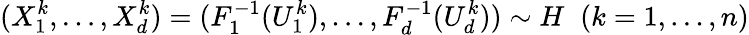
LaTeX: (X_{1}^{k},\dots,X_{d}^{k})=(F_{1}^{-1}(U_{1}^{k}),\dots,F_{d}^{-1}(U_{d}^{k}))\sim H\; \; (k=1,\dots,n)